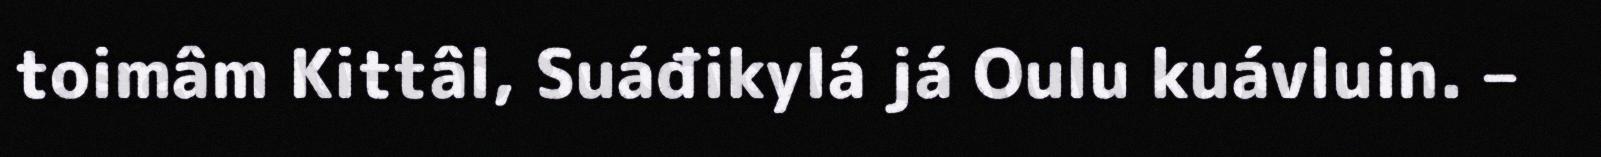
toimâm Kittâl, Suáđikylá já Oulu kuávluin. –